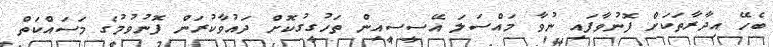
ބެހޭ އިދާރާތަކަށް ފޮނުވާފައި ނުވާ މައްސަލަ އޭޭސީސީއިން ތަހުގީގުކޮށް ދައުވާކުރަން ފޮނުވުމުގެ މަސައްކަތް